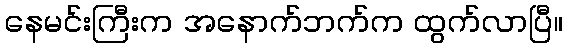
နေမင်းကြီးက အနောက်ဘက်က ထွက်လာပြီ။